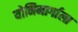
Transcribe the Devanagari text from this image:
योनिमार्गाला